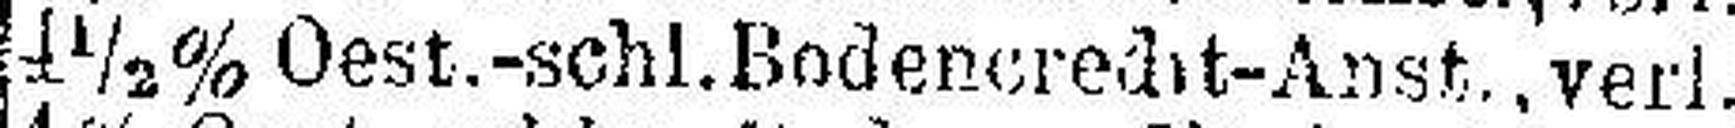
4½% Oest.-schl. Bodencredit-Anst., verl.